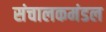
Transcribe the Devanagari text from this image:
संचालकमंडल